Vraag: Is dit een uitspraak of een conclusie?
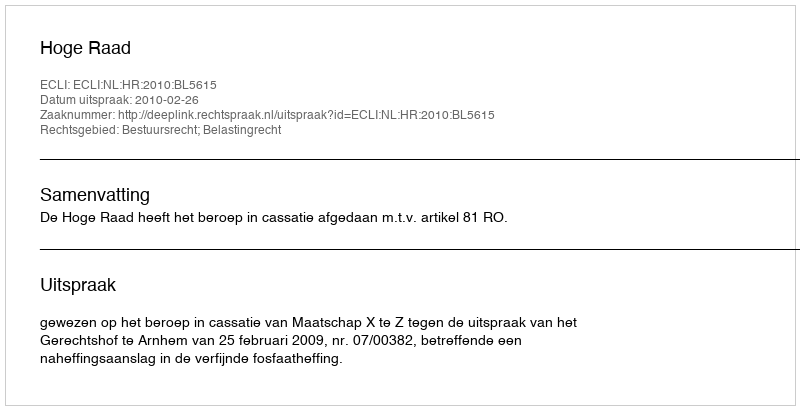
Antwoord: Uitspraak